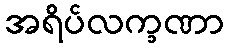
အရိပ်လက္ခဏာ